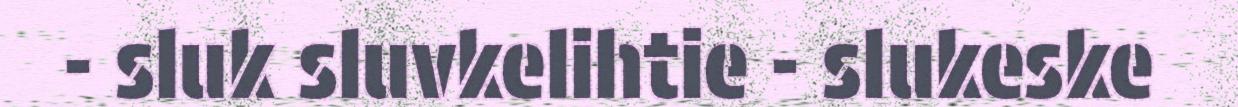
- sluk sluvkelihtie - slukeske